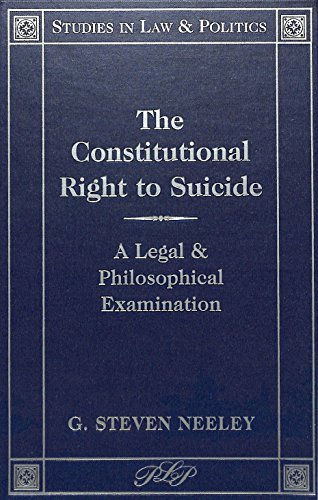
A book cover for The Constitutional Right to Suicide: A Legal and Philosophical Examination (Studies in Law and Politics, Vol. 1); G. Steven Neeley; Law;